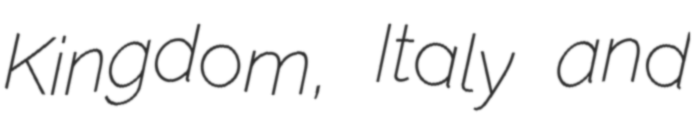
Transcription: Kingdom, Italy and